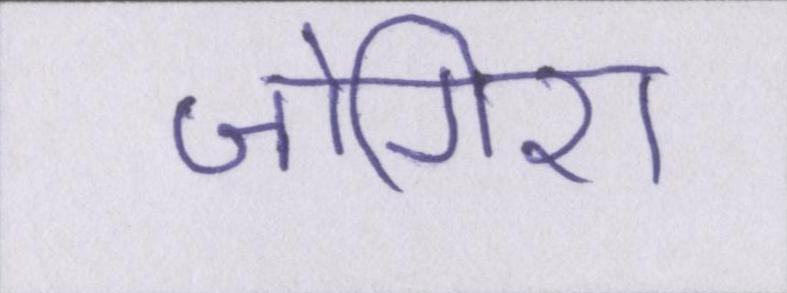
जोगिरा